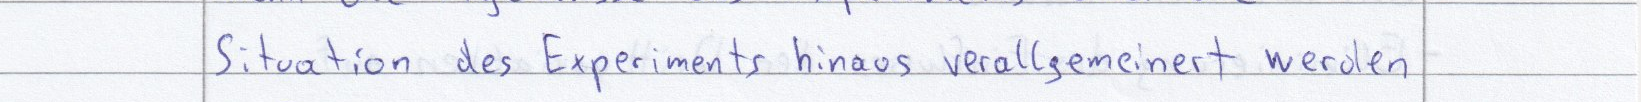
Situation des Experiments hinaus verallgemeinert werden